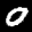
Digit: 0